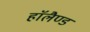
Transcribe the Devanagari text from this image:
हाॅलैण्ड